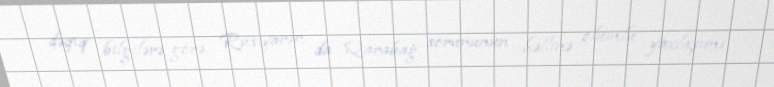
dəqiq bilgilərə görə, Rusiyanın da Qarabağ sorununun həllinə olumlu yaxlaşımı